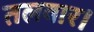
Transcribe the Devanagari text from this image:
तलवार।